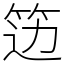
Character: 笾